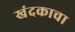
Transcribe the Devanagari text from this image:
खंदकाचा